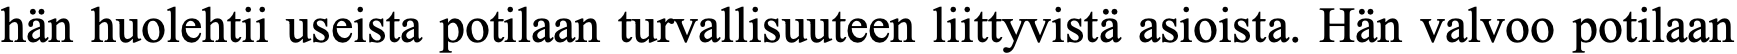
hän huolehtii useista potilaan turvallisuuteen liittyvistä asioista. Hän valvoo potilaan